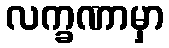
လက္ခဏာမှာ